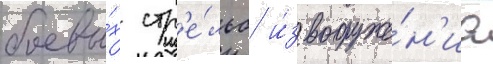
боевы́х стр'е́льб и́з вооруже́н'иа